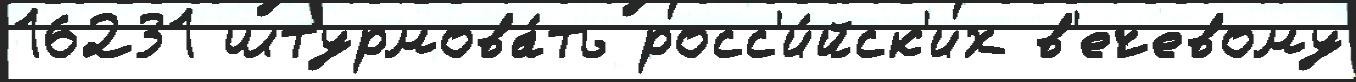
16231 штурмова́ть росс'и́йск'их в'ечевому